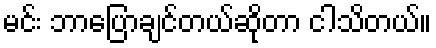
မင်း ဘာပြောချင်တယ်ဆိုတာ ငါသိတယ်။